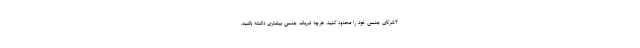
۲.شرکای جنسی خود را محدود کنید. هرچه شریک جنسی بیشتری داشته باشید،